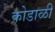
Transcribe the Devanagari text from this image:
कोडाळी